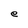
Character: e